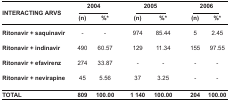
<table><thead><tr><td rowspan="3"><b>INTERACTING ARVS</b></td><td colspan="2"><b>2004</b></td><td colspan="2"><b>2005</b></td><td colspan="2"><b>2006</b></td></tr><tr><td><b>(n)</b></td><td><b>%*</b></td><td><b>(n)</b></td><td><b>%*</b></td><td><b>(n)</b></td><td><b>%*</b></td></tr></thead><tbody><tr><td><b>Ritonavir + saquinavir</b></td><td>-</td><td>-</td><td>974</td><td>85.44</td><td>5</td><td>2.45</td></tr><tr><td><b>Ritonavir + indinavir</b></td><td>490</td><td>60.57</td><td>129</td><td>11.34</td><td>155</td><td>97.55</td></tr><tr><td><b>Ritonavir + efavirenz</b></td><td>274</td><td>33.87</td><td>-</td><td>-</td><td>-</td><td>-</td></tr><tr><td><b>Ritonavir + nevirapine</b></td><td>45</td><td>5.56</td><td>37</td><td>3.25</td><td>-</td><td>-</td></tr><tr><td><b>TOTAL</b></td><td><b>809</b></td><td><b>100.00</b></td><td><b>1 140</b></td><td><b>100.00</b></td><td><b>204</b></td><td><b>100.00</b></td></tr></tbody></table>